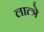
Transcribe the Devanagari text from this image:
लात्त्रे